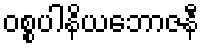
ဝစ္စပါနိယဘောဇနီ